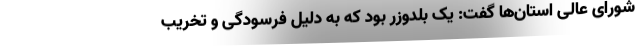
شورای عالی استان‌ها گفت: یک بلدوزر بود که به دلیل فرسودگی و تخریب